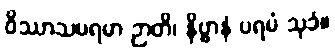
ဝိဿာသပရမာ ဉာတိ၊ နိဗ္ဗာနံ ပရမံ သုခံ။